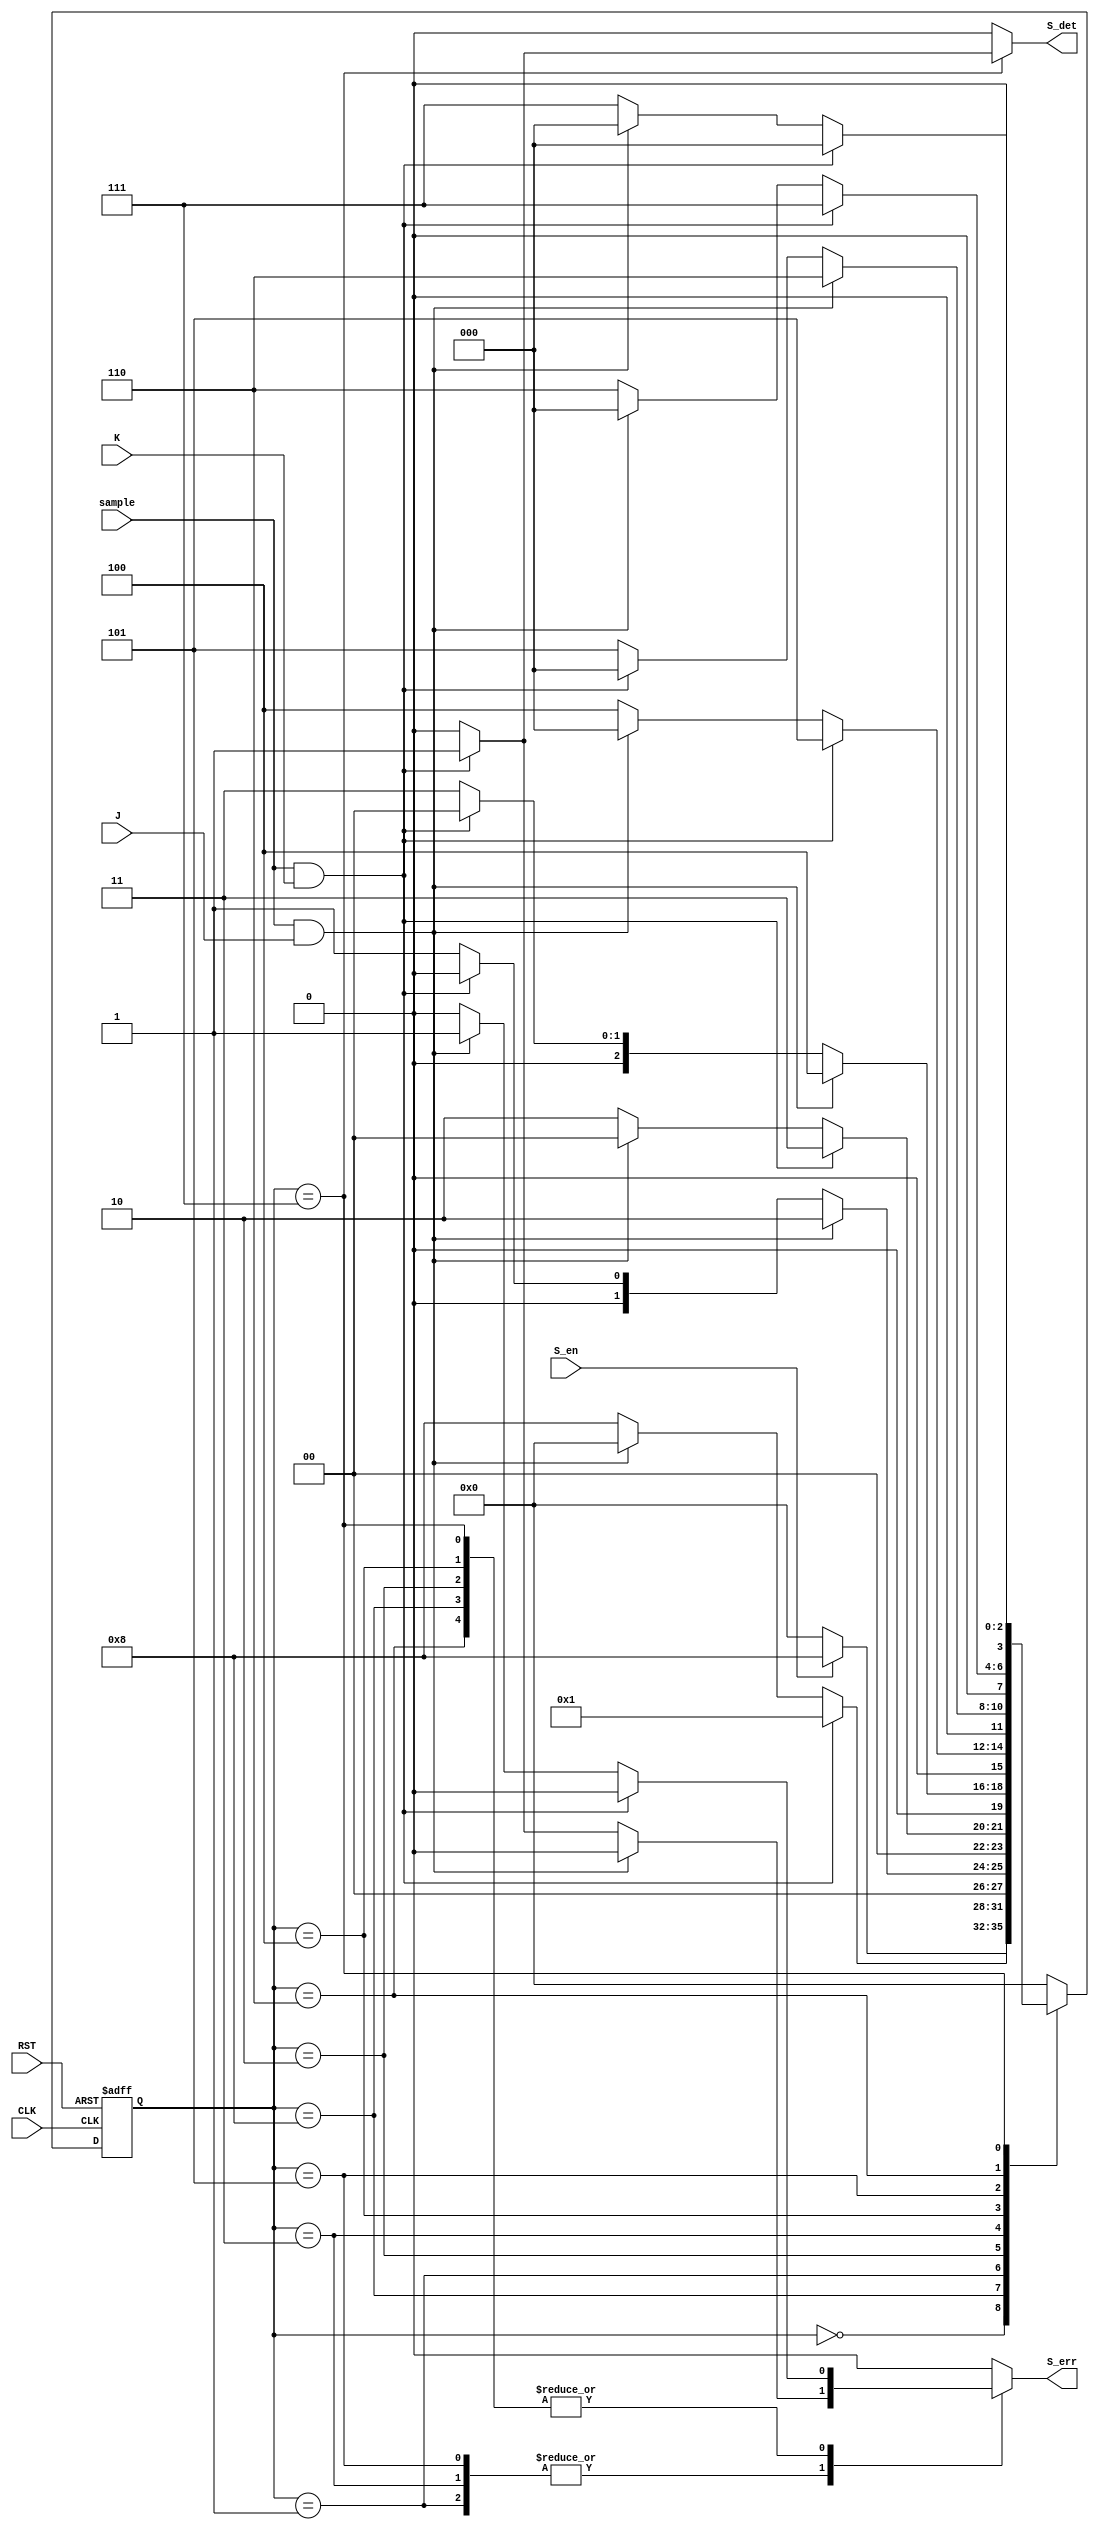
module S_FSM (
input 		S_en, sample,
input 		J, K,
input 		CLK, RST,

output reg	S_det, S_err
);

localparam 	IDLE 	= 4'b0000,
		S_K1 	= 4'b0001,
		S_J1 	= 4'b0010,
		S_K2 	= 4'b0011,
		S_J2 	= 4'b0100,
		S_K3 	= 4'b0101,
		S_J3 	= 4'b0110,
		S_K4	= 4'b0111,
		EN	= 4'b1000;

reg [3:0]	C_S, N_S;


//state transition_seq
always@(posedge CLK or negedge RST) begin
if(!RST) begin
	C_S <= IDLE;
end
else begin
	C_S <= N_S;
end
end

//state transition_comp
always@(*)begin
{S_det, S_err} = 1'b0;
case(C_S) 
	IDLE: begin
		if(S_en) begin
			N_S = EN;
		end
		else begin
			N_S = IDLE;
		end
	end
	EN: begin
		if(sample && K) begin
			N_S = S_K1;
		end
		else if(sample && J) begin
			N_S = IDLE;
			S_err = 1'b1;
		end
		else begin
			N_S = EN;
		end
	end
	S_K1: begin
		if(sample && J) begin
			N_S = S_J1;
		end
		else if(sample && K) begin
			N_S = IDLE;
			S_err = 1'b1;
		end
		else begin
			N_S = S_K1;
		end
	end
	S_J1: begin
		if(sample && K) begin
			N_S = S_K2;
		end
		else if(sample && J) begin
			N_S = IDLE;
			S_err = 1'b1;
		end
		else begin
			N_S = S_J1;
		end
	end
	S_K2: begin
		if(sample && J) begin
			N_S = S_J2;
		end
		else if(sample && K) begin
			N_S = IDLE;
			S_err = 1'b1;
		end
		else begin
			N_S = S_K2;
		end
	end
	S_J2: begin
		if(sample && K) begin
			N_S = S_K3;
		end
		else if(sample && J) begin
			N_S = IDLE;
			S_err = 1'b1;
		end
		else begin
			N_S = S_J2;
		end
	end
	S_K3: begin
		if(sample && J) begin
			N_S = S_J3;
		end
		else if(sample && K) begin
			N_S = IDLE;
			S_err = 1'b1;
		end
		else begin
			N_S = S_K3;
		end
	end
	S_J3: begin
		if(sample && K) begin
			N_S = S_K4;
		end
		else if(sample && J) begin
			N_S = IDLE;
			S_err = 1'b1;
		end
		else begin
			N_S = S_J3;
		end
	end
	S_K4: begin
		if(sample && K) begin
			N_S = IDLE;
			S_det = 1'b1;
		end
		else if (sample && J) begin
			N_S = IDLE;
			S_err = 1'b1;
		end
		else begin
			N_S = S_K4;
		end
	end
	default: begin
			N_S = IDLE;
	end


endcase
end 
endmodule //sync detection fsm